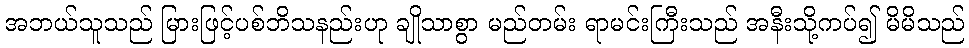
အဘယ်သူသည် မြားဖြင့်ပစ်ဘိသနည်းဟု ချိုသာစွာ မည်တမ်း ရာမင်းကြီးသည် အနီးသို့ကပ်၍ မိမိသည်